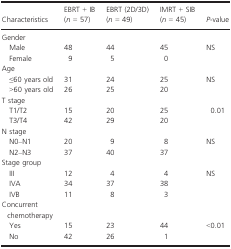
<table><thead><tr><td><b>Characteristics</b></td><td><b>EBRT + IB (<i>n</i> = 57)</b></td><td><b>EBRT (2D/3D) (<i>n</i> = 49)</b></td><td><b>IMRT + SIB (<i>n</i> = 45)</b></td><td><b><i>P</i>-value</b></td></tr></thead><tbody><tr><td colspan="5">Gender</td></tr><tr><td> Male</td><td>48</td><td>44</td><td>45</td><td>NS</td></tr><tr><td> Female</td><td>9</td><td>5</td><td>0</td><td></td></tr><tr><td>Age</td><td></td><td></td><td></td><td></td></tr><tr><td> ≤60 years old</td><td>31</td><td>24</td><td>25</td><td>NS</td></tr><tr><td> &gt;60 years old</td><td>26</td><td>25</td><td>20</td><td></td></tr><tr><td>T stage</td><td></td><td></td><td></td><td></td></tr><tr><td> T1/T2</td><td>15</td><td>20</td><td>25</td><td>0.01</td></tr><tr><td> T3/T4</td><td>42</td><td>29</td><td>20</td><td></td></tr><tr><td>N stage</td><td></td><td></td><td></td><td></td></tr><tr><td> N0–N1</td><td>20</td><td>9</td><td>8</td><td>NS</td></tr><tr><td> N2–N3</td><td>37</td><td>40</td><td>37</td><td></td></tr><tr><td>Stage group</td><td></td><td></td><td></td><td></td></tr><tr><td> III</td><td>12</td><td>4</td><td>4</td><td>NS</td></tr><tr><td> IVA</td><td>34</td><td>37</td><td>38</td><td></td></tr><tr><td> IVB</td><td>11</td><td>8</td><td>3</td><td></td></tr><tr><td>Concurrent chemotherapy</td><td></td><td></td><td></td><td></td></tr><tr><td> Yes</td><td>15</td><td>23</td><td>44</td><td>&lt;0.01</td></tr><tr><td> No</td><td>42</td><td>26</td><td>1</td><td></td></tr></tbody></table>